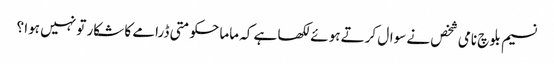
نسیم بلوچ نامی شخص نے سوال کرتے ہوئے لکھا ہے کہ ماما حکومتی ڈرامے کا شکار تو نہیں ہوا ؟